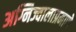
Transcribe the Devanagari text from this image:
अग्निज्वालाप्रमाणे